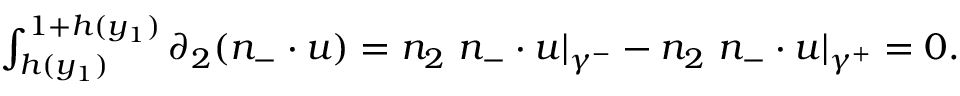
\begin{array} { r } { \int _ { h ( y _ { 1 } ) } ^ { 1 + h ( y _ { 1 } ) } \partial _ { 2 } ( n _ { - } \cdot u ) = n _ { 2 } \ n _ { - } \cdot u \vert _ { \gamma ^ { - } } - n _ { 2 } \ n _ { - } \cdot u \vert _ { \gamma ^ { + } } = 0 . } \end{array}